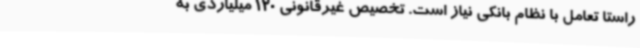
راستا تعامل با نظام بانکی نیاز است. تخصیص غیرقانونی 120 میلیاردی به